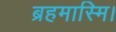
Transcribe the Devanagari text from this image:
ब्रहमास्मि।